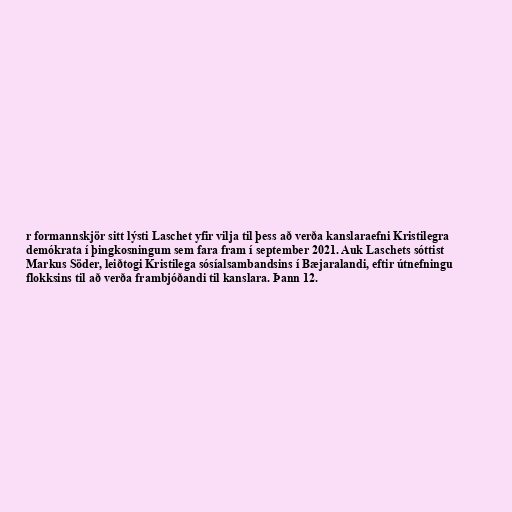
r formannskjör sitt lýsti Laschet yfir vilja til þess að verða kanslaraefni Kristilegra
demókrata í þingkosningum sem fara fram í september 2021. Auk Laschets sóttist
Markus Söder, leiðtogi Kristilega sósíalsambandsins í Bæjaralandi, eftir útnefningu
flokksins til að verða frambjóðandi til kanslara. Þann 12.